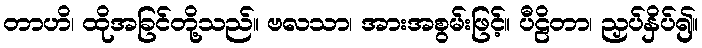
တာဟိ၊ ထိုအခြင်တို့သည်။ ဗလသာ၊ အားအစွမ်းဖြင့်။ ပီဠိတာ၊ ညှပ်နှိပ်၍။